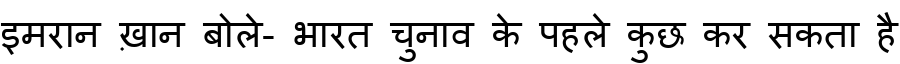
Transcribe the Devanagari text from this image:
इमरान ख़ान बोले- भारत चुनाव के पहले कुछ कर सकता है